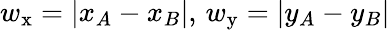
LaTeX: w_{\mathrm{x}}=|x_{A}-x_{B}|,\, w_{\mathrm{y}}=|y_{A}-y_{B}|